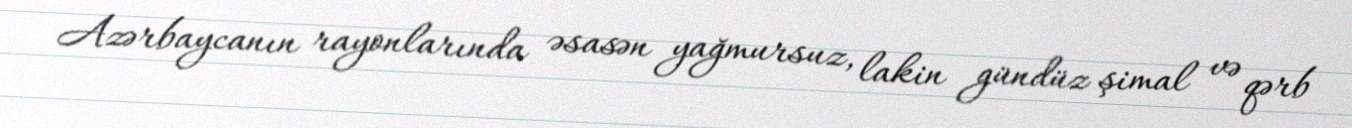
Azərbaycanın rayonlarında əsasən yağmursuz, lakin gündüz şimal və qərb